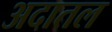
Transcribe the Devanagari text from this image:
अदातल